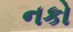
નકો